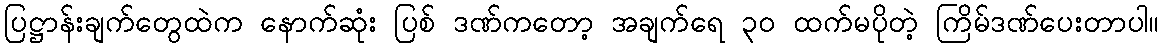
ပြဋ္ဌာန်းချက်တွေထဲက နောက်ဆုံး ပြစ် ဒဏ်ကတော့ အချက်ရေ ၃၀ ထက်မပိုတဲ့ ကြိမ်ဒဏ်ပေးတာပါ။